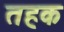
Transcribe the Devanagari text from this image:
तहक